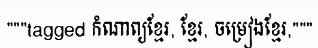
"""tagged កំណាព្យខ្មែរ, ខ្មែរ, ចម្រៀងខ្មែរ,"""